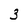
Character: 3